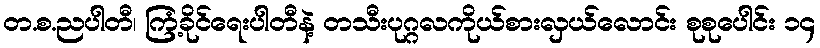
တ.စ.ညပါတီ၊ ကြံ့ခိုင်ရေးပါတီနဲ့ တသီးပုဂ္ဂလကိုယ်စားလှယ်လောင်း စုစုပေါင်း ၁၄